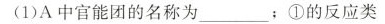
(1)A中官能团的名称为\underline；①的反应类